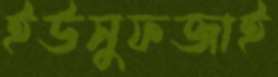
ইউসুফজাই